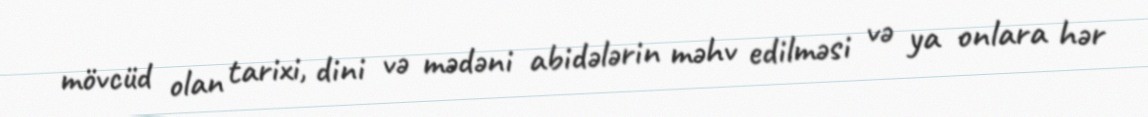
mövcüd olan tarixi, dini və mədəni abidələrin məhv edilməsi və ya onlara hər